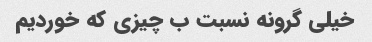
خیلی گرونه نسبت ب چیزی که خوردیم